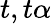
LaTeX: t,t\alpha